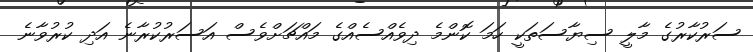
ސަރުކާރުގެ މާލީ ސިޔާސަތަކީ ހަމަ ކޮންމެ ދިވެއްސެއްގެ މައްޗަށްވެސް އަސަރުކުރާނެ އަދި ކުރުވާނެ